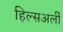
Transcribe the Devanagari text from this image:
हिल्सअर्ली